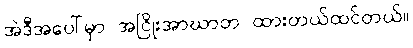
အဲဒီအပေါ်မှာ အငြိုးအာဃာတ ထားတယ်ထင်တယ်။